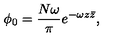
\phi _ { 0 } = { \frac { N \omega } { \pi } } e ^ { - \omega z \bar { z } } ,